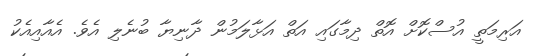
އަރިމަތީ އުސްކޮށް އޮތް ދިމާގައި އަތް އަޅާލަމުން ދާނިޔާ ބުނެލި އެވެ. އެއާއިއެކު